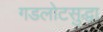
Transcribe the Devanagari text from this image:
गडलोटसुद्धा